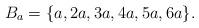
LaTeX: \begin{align*} B_a=\{a,2a,3a,4a,5a,6a\}. \end{align*}